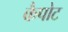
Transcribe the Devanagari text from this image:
कैपोट